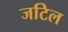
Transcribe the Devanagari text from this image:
जटिल